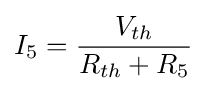
I_{5}={\frac {V_{th}}{R_{th}+R_{5}}}